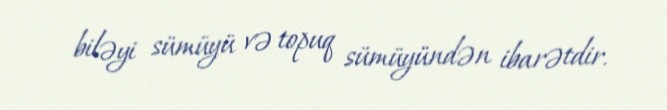
biləyi sümüyü və topuq sümüyündən ibarətdir.